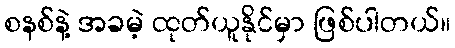
စနစ်နဲ့ အခမဲ့ ထုတ်ယူနိုင်မှာ ဖြစ်ပါတယ်။